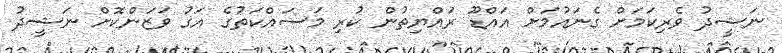
ނަޝީދު ވެރިކަމަށް ގެނައުމަށް އައްޑޫ ރައްޔިތުން ކުރި މަސައްކަތުގެ އަގު ވަޒަންކޮށް ނަޝީދު